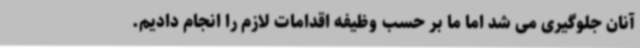
آنان جلوگیری می شد اما ما بر حسب وظیفه اقدامات لازم را انجام دادیم.